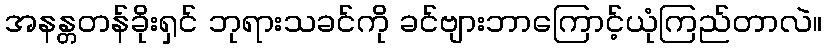
အနန္တတန်ခိုးရှင် ဘုရားသခင်ကို ခင်ဗျားဘာကြောင့်ယုံကြည်တာလဲ။